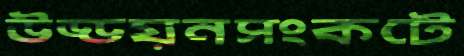
উড্ডয়নসংকটে